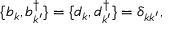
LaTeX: \{ b _ { k } , b _ { k ^ { \prime } } ^ { \dagger } \} = \{ d _ { k } , d _ { k ^ { \prime } } ^ { \dagger } \} = \delta _ { k k ^ { \prime } } ,